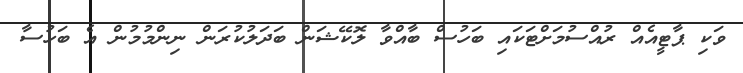
ވަކި ޕާޓީއެއް ރުއްސުމަށްޓަކައި ބަހުސް ބާއްވާ ލޮކޭޝަން ބަދަލުކުރަން ނިންމުމުން އެ ބަހުސާ